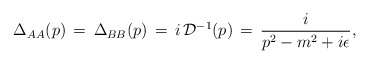
\begin{align*}\Delta_{AA}(p)\,=\,\Delta_{BB}(p)\,=\,i\,{\cal D}^{-1}(p)\,=\,\frac{i}{p^2 - m^2 + i\epsilon},\end{align*}